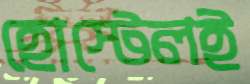
হোস্টেলই